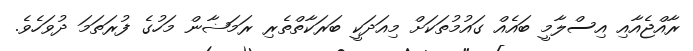
ރާއްޖެއާއި އިސްލާމީ ބައެއް ގައުމުތަކަށް މިއަދަކީ ބަރަކާތްތެރި ރަމަޟާން މަހުގެ ފުރަތަމަ ދުވަހެވެ.